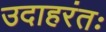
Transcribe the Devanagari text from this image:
उदाहरंतः